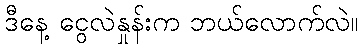
ဒီနေ့ ငွေလဲနှုန်းက ဘယ်လောက်လဲ။